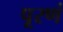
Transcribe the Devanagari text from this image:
पूरणं